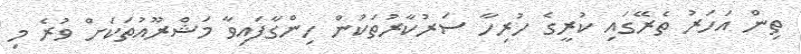
ތިން އަހަރު ތެރޭގައި ކުރީގެ ހުރިހާ ސަރުކާރުތަކުން ހިންގާފައިވާ މަޝްރޫއުތަކަށް ވުރެ މި